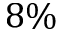
8 \%